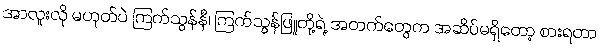
အာလူးလို မဟုတ်ပဲ ကြက်သွန်နီ၊ ကြက်သွန်ဖြူတို့ရဲ့ အတက်တွေက အဆိပ်မရှိတော့ စားရတာ